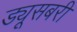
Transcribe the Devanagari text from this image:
ड्यूसबरी